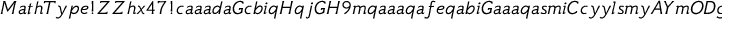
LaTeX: M a t h T y p e ! Z Z h x 4 7 ! c a a a d a G c b i q H q j G H 9 m q a a a q a f e q a b i G a a a q a s m i C c y y l s m y A Y m O D g e